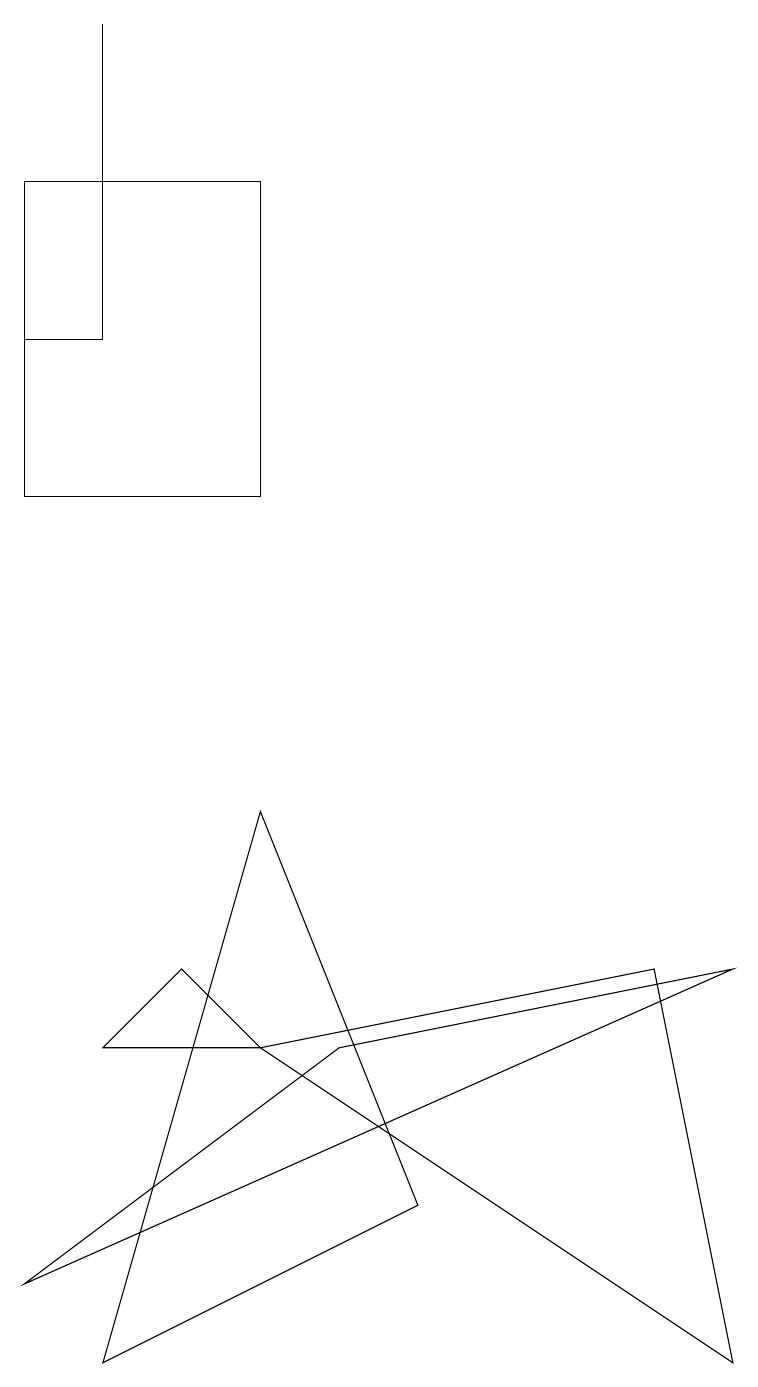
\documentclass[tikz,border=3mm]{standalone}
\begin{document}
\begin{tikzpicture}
\draw (1,5) -- (3,5) -- (2,6) -- cycle;
\draw (1,16) rectangle (0,14);
\draw (3,16) rectangle (0,12);
\draw (4,5) -- (0,2) -- (9,6) -- cycle;
\draw (1,18) rectangle (1,16);
\draw (3,5) -- (8,6) -- (9,1) -- cycle;
\draw (5,3) -- (3,8) -- (1,1) -- cycle;
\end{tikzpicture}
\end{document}